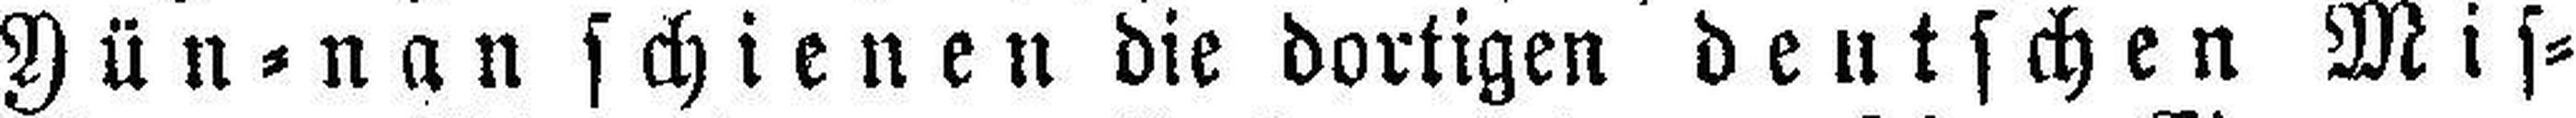
Yün=nan schienen die dortigen deutschen Mis¬